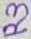
Text: R3